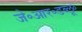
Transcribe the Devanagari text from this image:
जे॰आर॰डब्लू॰